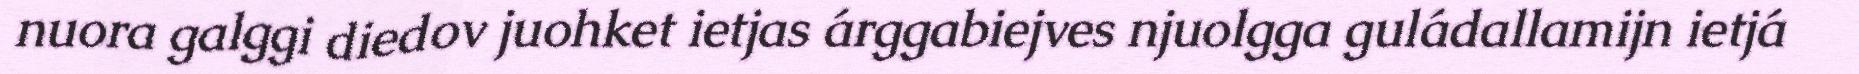
nuora galggi diedov juohket ietjas árggabiejves njuolgga guládallamijn ietjá